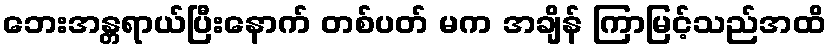
ဘေးအန္တရာယ်ပြီးနောက် တစ်ပတ် မက အချိန် ကြာမြင့်သည်အထိ